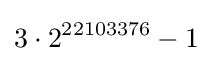
3\cdot 2^{22103376}-1